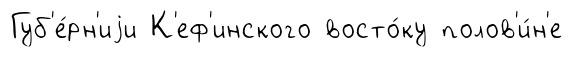
Губ'е́рн'иjи К'еф'инского восто́ку полов'и́н'е